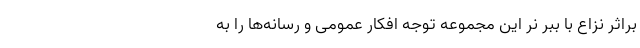
براثر نزاع با ببر نر این مجموعه توجه افکار عمومی و رسانه‌ها را به